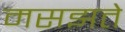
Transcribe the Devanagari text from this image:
मसझते